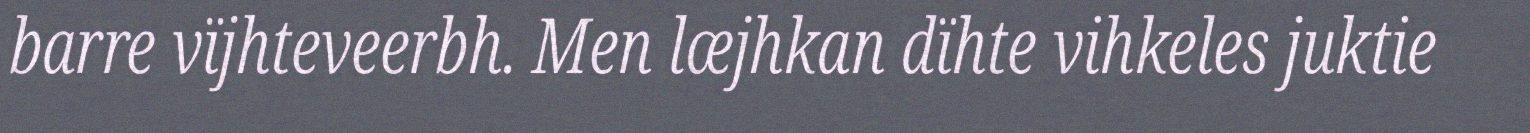
barre vïjhteveerbh. Men læjhkan dïhte vihkeles juktie